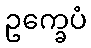
ဥက္ခေပံ